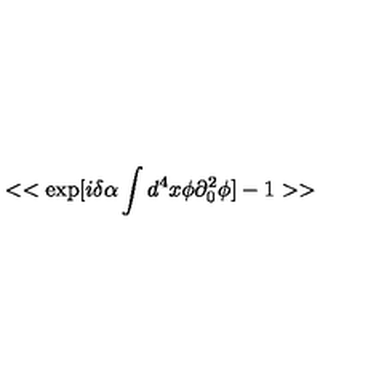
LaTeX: < < \exp [ i \delta \alpha \int d ^ { 4 } x \phi \partial _ { 0 } ^ { 2 } \phi ] - 1 > >